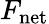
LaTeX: F_{\mathrm{net}}